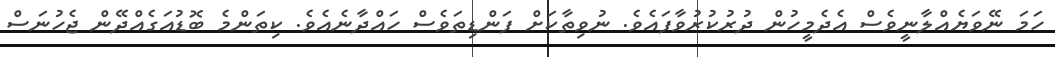
ހަމަ ނޭވަޔެއްލާނީވެސް އެދެމީހުން ދުރުކުރުވާފައެވެ. ނުވިތާކަށް ފަންޑިތަވެސް ހައްދާނެއެވެ. ކިތަންމެ ބޮޑުއަގެއްދޭން ޖެހުނަސް